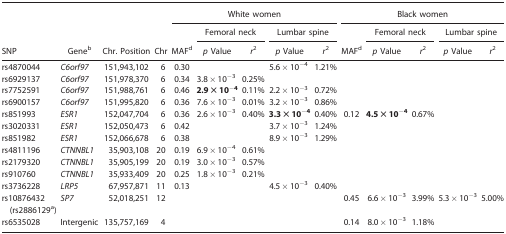
<table><thead><tr><td></td><td></td><td></td><td></td><td colspan="5"><b>White women</b></td><td colspan="5"><b>Black women</b></td></tr><tr><td></td><td></td><td></td><td></td><td></td><td colspan="2"><b>Femoral neck</b></td><td colspan="2"><b>Lumbar spine</b></td><td></td><td colspan="2"><b>Femoral neck</b></td><td colspan="2"><b>Lumbar spine</b></td></tr><tr><td><b>SNP</b></td><td><b>Geneb</b></td><td><b>Chr. Position</b></td><td><b>Chr</b></td><td><b>MAFd</b></td><td><b><i>p</i> Value</b></td><td><b><i>r</i><sup>2</sup></b></td><td><b><i>p</i> Value</b></td><td><b><i>r</i><sup>2</sup></b></td><td><b>MAFd</b></td><td><b><i>p</i> Value</b></td><td><b><i>r</i><sup>2</sup></b></td><td><b><i>p</i> Value</b></td><td><b><i>r</i><sup>2</sup></b></td></tr></thead><tbody><tr><td>rs4870044</td><td><i>C6orf97</i></td><td>151,943,102</td><td>6</td><td>0.30</td><td></td><td></td><td>5.6 × 10<sup>−4</sup></td><td>1.21%</td><td></td><td></td><td></td><td></td><td></td></tr><tr><td>rs6929137</td><td><i>C6orf97</i></td><td>151,978,370</td><td>6</td><td>0.34</td><td>3.8 × 10<sup>−3</sup></td><td>0.25%</td><td></td><td></td><td></td><td></td><td></td><td></td><td></td></tr><tr><td>rs7752591</td><td><i>C6orf97</i></td><td>151,988,761</td><td>6</td><td>0.46</td><td><b>2.9 × 10</b><sup><b>−4</b></sup></td><td>0.11%</td><td>2.2 × 10<sup>−3</sup></td><td>0.72%</td><td></td><td></td><td></td><td></td><td></td></tr><tr><td>rs6900157</td><td><i>C6orf97</i></td><td>151,995,820</td><td>6</td><td>0.36</td><td>7.6 × 10<sup>−3</sup></td><td>0.01%</td><td>3.2 × 10<sup>−3</sup></td><td>0.86%</td><td></td><td></td><td></td><td></td><td></td></tr><tr><td>rs851993</td><td><i>ESR1</i></td><td>152,047,704</td><td>6</td><td>0.36</td><td>2.6 × 10<sup>−3</sup></td><td>0.40%</td><td><b>3.3 × 10</b><sup><b>−4</b></sup></td><td>0.40%</td><td>0.12</td><td><b>4.5</b><b>×</b><b>10</b><sup><b>−4</b></sup></td><td>0.67%</td><td></td><td></td></tr><tr><td>rs3020331</td><td><i>ESR1</i></td><td>152,050,473</td><td>6</td><td>0.42</td><td></td><td></td><td>3.7 × 10<sup>−3</sup></td><td>1.24%</td><td></td><td></td><td></td><td></td><td></td></tr><tr><td>rs851982</td><td><i>ESR1</i></td><td>152,066,678</td><td>6</td><td>0.38</td><td></td><td></td><td>8.9 × 10<sup>−3</sup></td><td>1.29%</td><td></td><td></td><td></td><td></td><td></td></tr><tr><td>rs4811196</td><td><i>CTNNBL1</i></td><td>35,903,108</td><td>20</td><td>0.19</td><td>6.9 × 10<sup>−4</sup></td><td>0.61%</td><td></td><td></td><td></td><td></td><td></td><td></td><td></td></tr><tr><td>rs2179320</td><td><i>CTNNBL1</i></td><td>35,905,199</td><td>20</td><td>0.19</td><td>3.0 × 10<sup>−3</sup></td><td>0.57%</td><td></td><td></td><td></td><td></td><td></td><td></td><td></td></tr><tr><td>rs910760</td><td><i>CTNNBL1</i></td><td>35,933,409</td><td>20</td><td>0.25</td><td>1.8 × 10<sup>−3</sup></td><td>0.21%</td><td></td><td></td><td></td><td></td><td></td><td></td><td></td></tr><tr><td>rs3736228</td><td><i>LRP5</i></td><td>67,957,871</td><td>11</td><td>0.13</td><td></td><td></td><td>4.5 × 10<sup>−3</sup></td><td>0.40%</td><td></td><td></td><td></td><td></td><td></td></tr><tr><td>rs10876432 (rs2886129a)</td><td><i>SP7</i></td><td>52,018,251</td><td>12</td><td></td><td></td><td></td><td></td><td></td><td>0.45</td><td>6.6 × 10<sup>−3</sup></td><td>3.99%</td><td>5.3 × 10<sup>−3</sup></td><td>5.00%</td></tr><tr><td>rs6535028</td><td>Intergenic</td><td>135,757,169</td><td>4</td><td></td><td></td><td></td><td></td><td></td><td>0.14</td><td>8.0 × 10<sup>−3</sup></td><td>1.18%</td><td></td><td></td></tr></tbody></table>